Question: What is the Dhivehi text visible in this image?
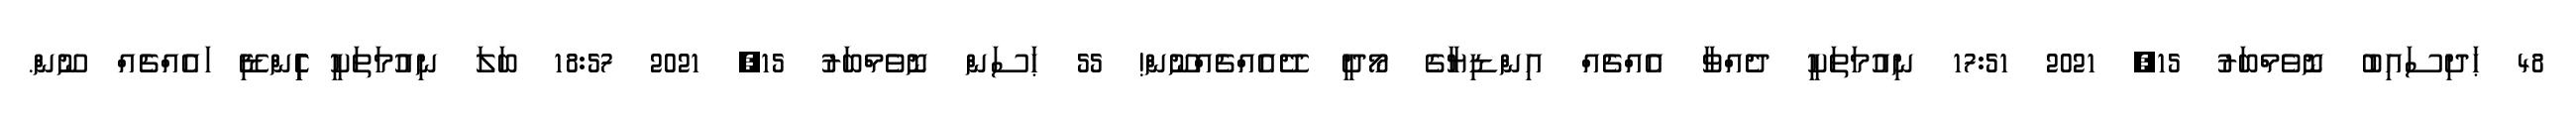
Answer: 48 ޙަދިސައިބު ނޮވެމްބަރު 15, 2021 17:51 ނިއުމަތަކީ ދެއްވާ އެއްޗެއް އިންޑިޔާގެ މޯދީ ދޭއެއްޗެއްނޫން! 55 ޙަސަން ނޮވެމްބަރު 15, 2021 18:57 ބަލަ ނިއުމަތަކީ ެިެިެިެިންޑިޭ ައެއްޗެއް ނޫން.